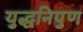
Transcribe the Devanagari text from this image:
युद्धनिपुण